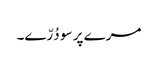
مرے پر سو دُرّے۔